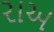
રાઅ